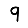
Digit: 9